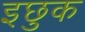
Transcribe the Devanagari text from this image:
इछुक